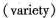
(variety)